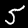
Label: 5